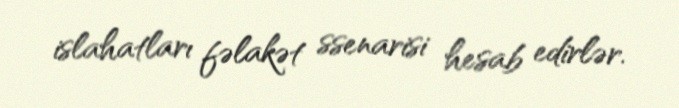
islahatları fəlakət ssenarisi hesab edirlər.